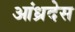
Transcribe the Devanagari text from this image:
आंध्रदेस